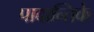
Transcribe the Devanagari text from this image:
पादान्तिके